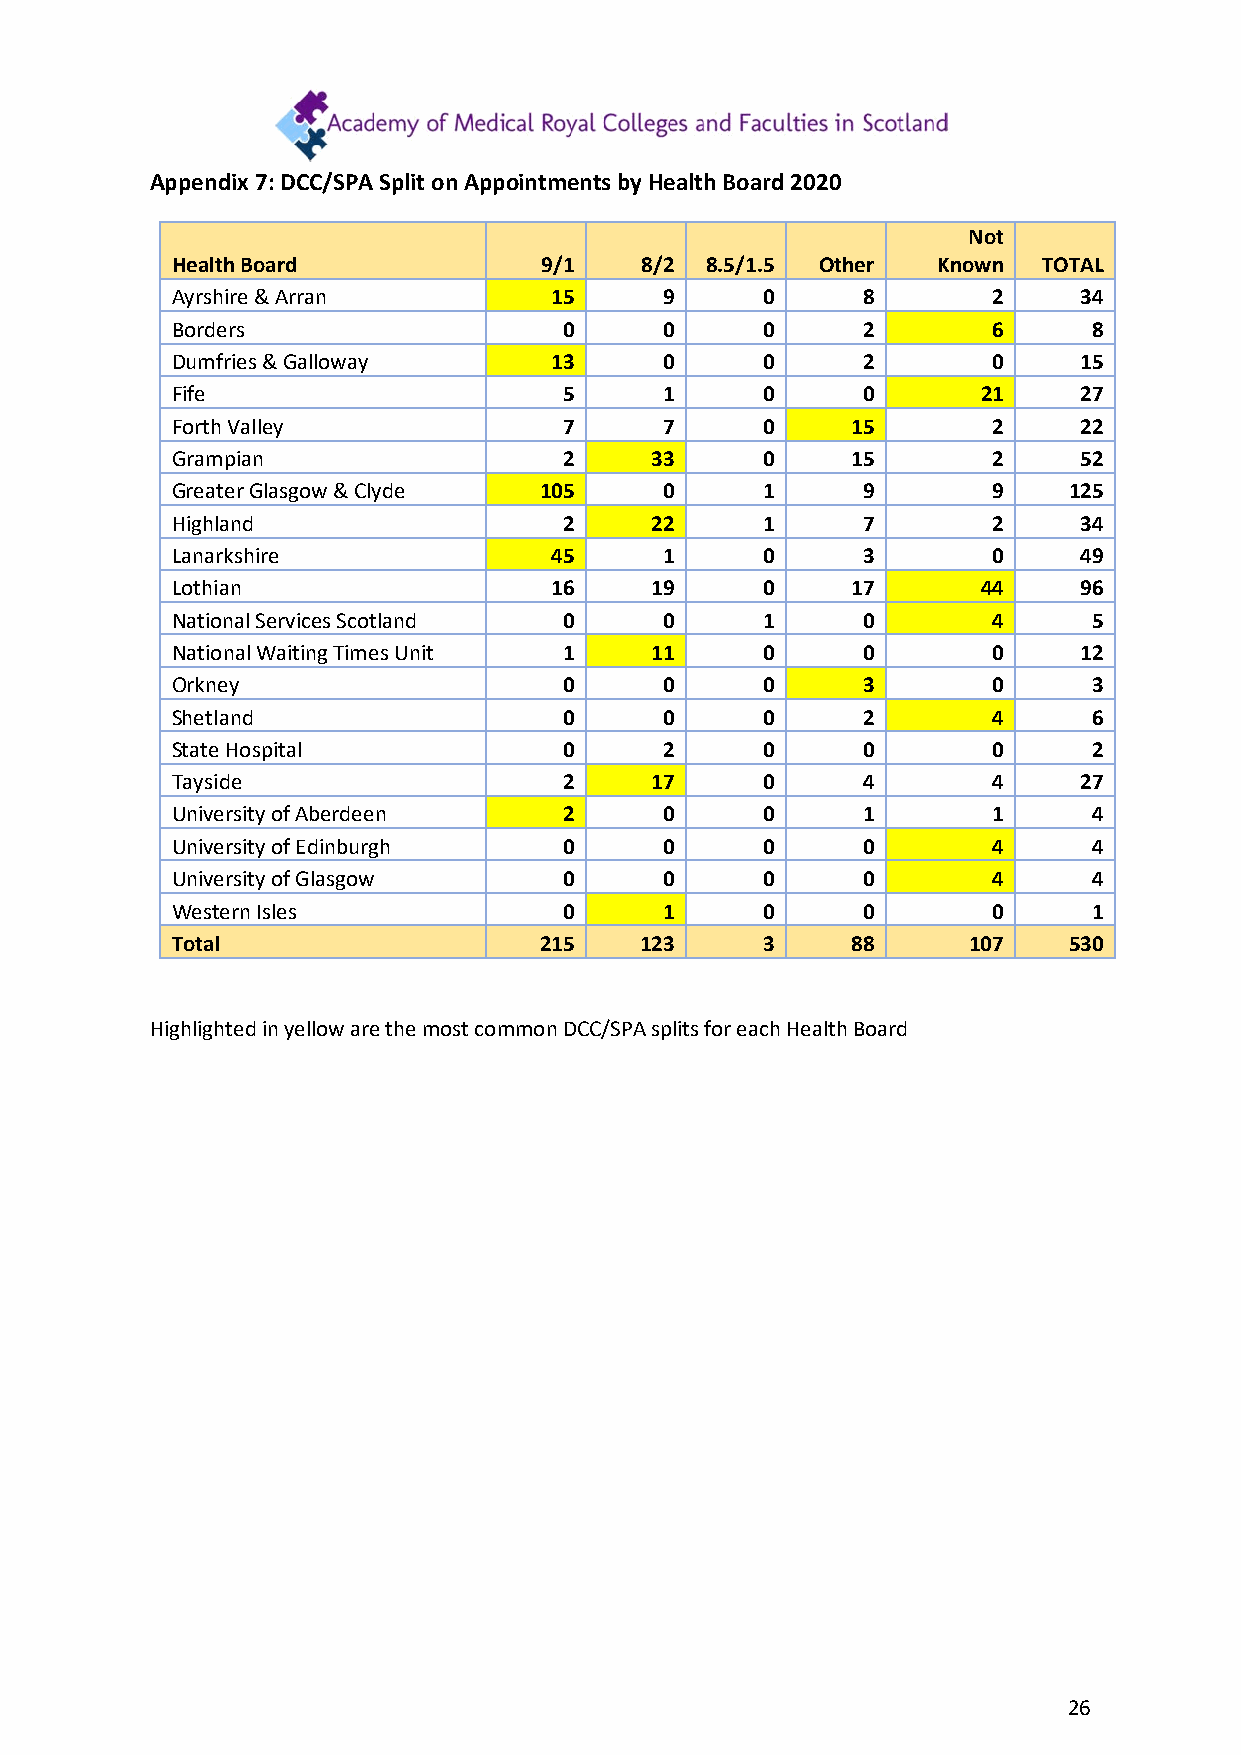
Appendix 7: DCC/SPA Split on Appointments by Health Board 2020
 Not
 Health Board             9/1   8/2  8.5/1.5 Other  Known  TOTAL
 Ayrshire & Arran         15      9     0      8        2    34
 Borders                   0      0     0      2        6     8
 Dumfries & Galloway      13      0     0      2        0    15
 Fife                      5      1     0      0       21    27
 Forth Valley              7      7     0     15        2    22
 Grampian                  2     33     0     15        2    52
 Greater Glasgow & Clyde  105     0     1      9        9    125
 Highland                  2     22     1      7        2    34
 Lanarkshire              45      1     0      3        0    49
 Lothian                  16     19     0     17       44    96
 National Services Scotland 0     0     1      0        4     5
 National Waiting Times Unit 1   11     0      0        0    12
 Orkney                    0      0     0      3        0     3
 Shetland                  0      0     0      2        4     6
 State Hospital            0      2     0      0        0     2
 Tayside                   2     17     0      4        4    27
 University of Aberdeen    2      0     0      1        1     4
 University of Edinburgh   0      0     0      0        4     4
 University of Glasgow     0      0     0      0        4     4
 Western Isles             0      1     0      0        0     1
 Total                    215   123     3     88      107    530
 Highlighted in yellow are the most common DCC/SPA splits for each Health Board
 26